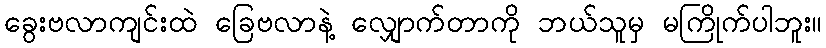
ခွေးဗလာကျင်းထဲ ခြေဗလာနဲ့ လျှောက်တာကို ဘယ်သူမှ မကြိုက်ပါဘူး။